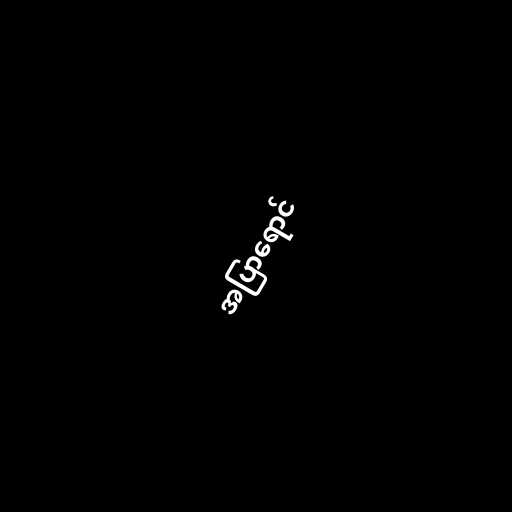
အပြာရောင်